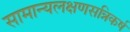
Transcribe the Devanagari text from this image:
सामान्यलक्षणसन्निकर्ष